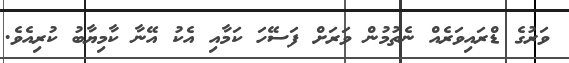
ވަރުގެ ޑްރައިވަރެއް ނެތުމުން ވަރަށް ފަސޭހަ ކަމާއި އެކު އޭނާ ކާމިޔާބު ކުރިއެވެ.